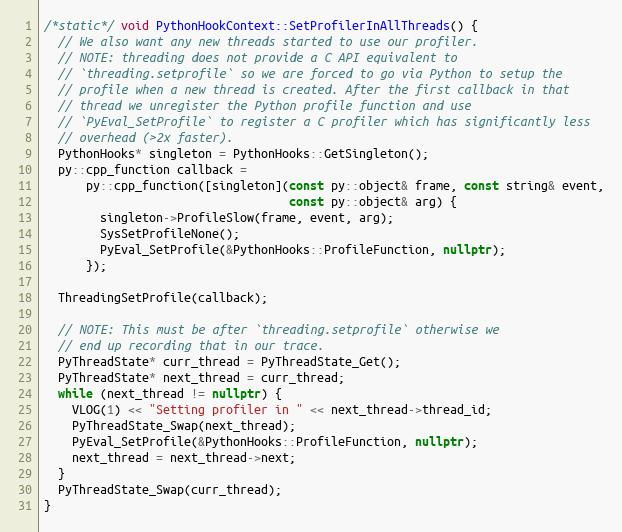
Language: C++
/*static*/ void PythonHookContext::SetProfilerInAllThreads() {
  // We also want any new threads started to use our profiler.
  // NOTE: threading does not provide a C API equivalent to
  // `threading.setprofile` so we are forced to go via Python to setup the
  // profile when a new thread is created. After the first callback in that
  // thread we unregister the Python profile function and use
  // `PyEval_SetProfile` to register a C profiler which has significantly less
  // overhead (>2x faster).
  PythonHooks* singleton = PythonHooks::GetSingleton();
  py::cpp_function callback =
      py::cpp_function([singleton](const py::object& frame, const string& event,
                                   const py::object& arg) {
        singleton->ProfileSlow(frame, event, arg);
        SysSetProfileNone();
        PyEval_SetProfile(&PythonHooks::ProfileFunction, nullptr);
      });

  ThreadingSetProfile(callback);

  // NOTE: This must be after `threading.setprofile` otherwise we
  // end up recording that in our trace.
  PyThreadState* curr_thread = PyThreadState_Get();
  PyThreadState* next_thread = curr_thread;
  while (next_thread != nullptr) {
    VLOG(1) << "Setting profiler in " << next_thread->thread_id;
    PyThreadState_Swap(next_thread);
    PyEval_SetProfile(&PythonHooks::ProfileFunction, nullptr);
    next_thread = next_thread->next;
  }
  PyThreadState_Swap(curr_thread);
}